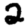
Digit: 2